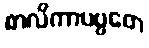
စာလိကာပဗ္ဗတေ